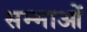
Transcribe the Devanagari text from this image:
सम्माओं